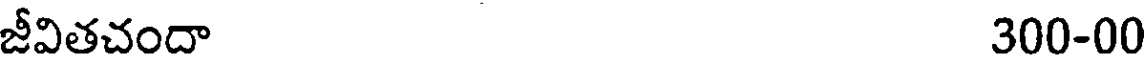
జీవితచందా 300-00